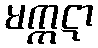
မက္ကဋာ